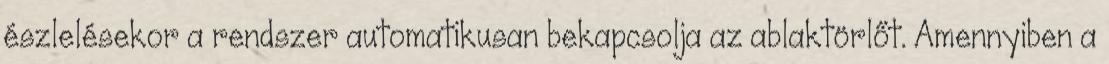
észlelésekor a rendszer automatikusan bekapcsolja az ablaktörlőt. Amennyiben a